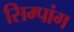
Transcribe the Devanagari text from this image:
सिम्पांग